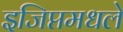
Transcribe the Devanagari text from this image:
इजिप्तमधले